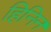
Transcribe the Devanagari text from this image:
हिनिन